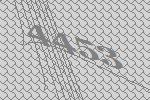
4453